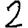
Digit: 2